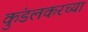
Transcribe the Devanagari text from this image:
कुंडलकरच्या